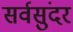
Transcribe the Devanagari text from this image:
सर्वसुंदर